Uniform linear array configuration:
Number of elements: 48
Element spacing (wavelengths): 0.75
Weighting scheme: blackman
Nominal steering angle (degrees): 45
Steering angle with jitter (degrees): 45.754
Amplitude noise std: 0.05
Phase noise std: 0.05

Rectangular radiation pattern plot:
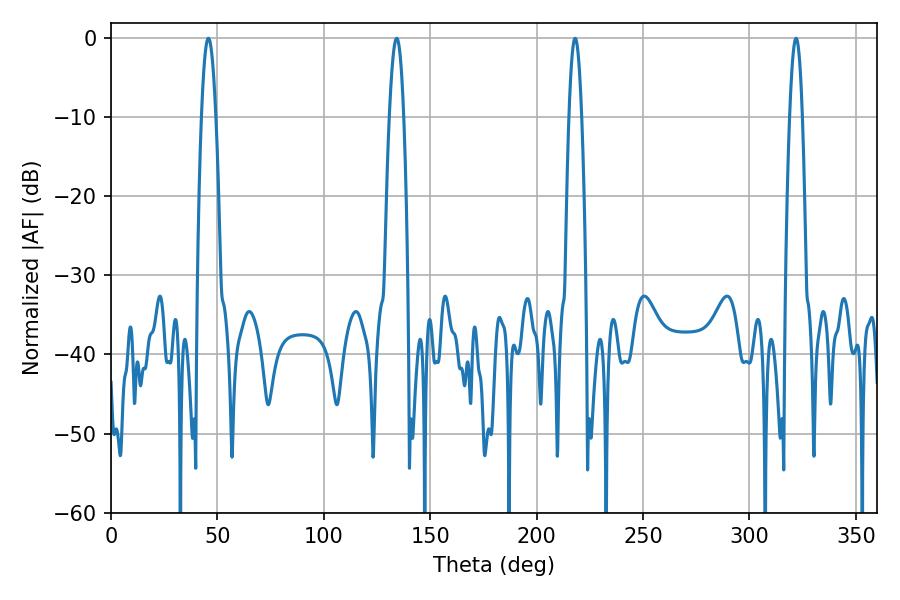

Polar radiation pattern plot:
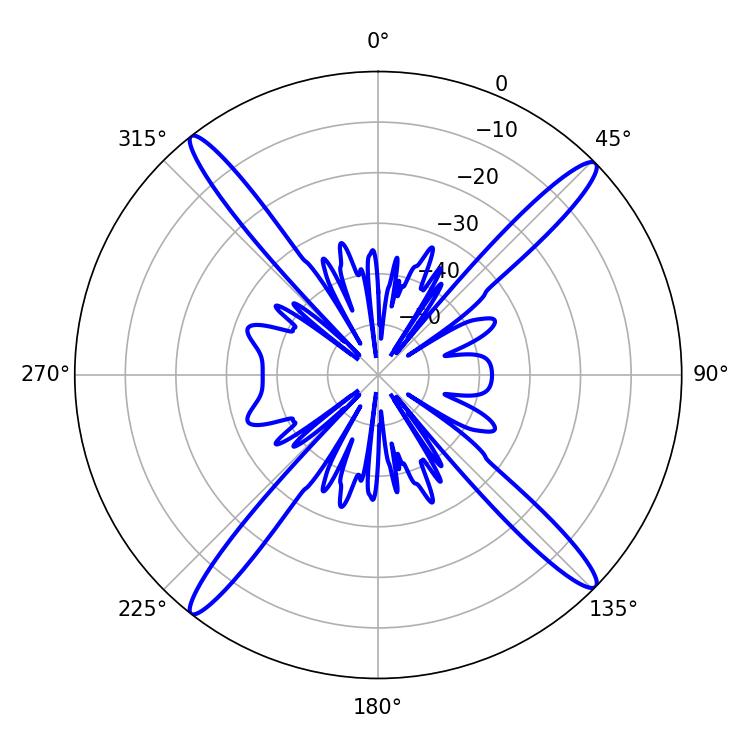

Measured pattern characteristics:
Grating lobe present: TRUE
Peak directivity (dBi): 19.235
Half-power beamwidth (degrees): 3.78
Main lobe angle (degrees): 45.72